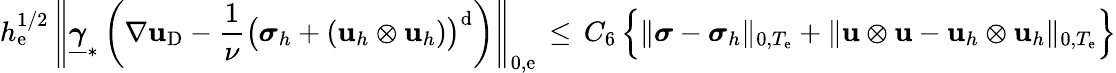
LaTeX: h_{\mathrm{e}}^{1/2}\, \left\| \underline{{{{\boldsymbol\gamma}}}}_{*}\left(\nabla\mathbf{{u}}_{\mathrm{{D}}}-\frac{{1}}{{\nu}}\big({\boldsymbol\sigma}_{h}+(\mathbf{{u}}_{h}\otimes\mathbf{{u}}_{h})\big)^{\mathrm{{d}}}\right)\right\| _{0,\mathrm{e}}\, \leq\, C_{6}\, \Big\{ \| {\boldsymbol\sigma}-{\boldsymbol\sigma}_{h}\| _{0,T_{\mathrm{e}}}+\| \mathbf{{u}}\otimes\mathbf{{u}}-\mathbf{{u}}_{h}\otimes\mathbf{{u}}_{h}\| _{0,T_{\mathrm{e}}}\Big\}